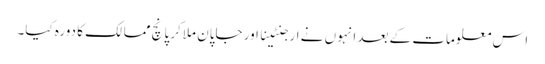
اس معلومات کے بعد انہوں نے ارجنٹینا اور جاپان ملاکر پانچ ممالک کا دورہ کیا۔